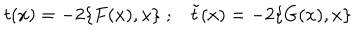
t ( x ) = - 2 \{ F ( x ) , x \} \; ; \tilde { t } ( x ) = - 2 \{ G ( x ) , x \}